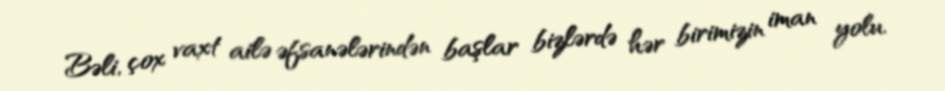
Bəli, çox vaxt ailə əfsanələrindən başlar bizlərdə hər birimizin iman yolu.